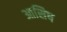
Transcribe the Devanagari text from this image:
आसिष